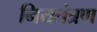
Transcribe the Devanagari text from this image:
नियतंत्रण